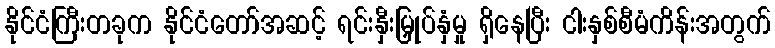
နိုင်ငံကြီးတခုက နိုင်ငံတော်အဆင့် ရင်းနှီးမြှုပ်နှံမှု ရှိနေပြီး ငါးနှစ်စီမံကိန်းအတွက်